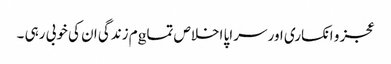
عجز و انکساری اور سراپا اخلاص تماgم زندگی ان کی خوبی رہی ۔